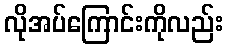
လိုအပ်ကြောင်းကိုလည်း